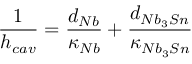
\frac { 1 } { h _ { c a v } } = \frac { d _ { N b } } { \kappa _ { N b } } + \frac { d _ { N b _ { 3 } S n } } { \kappa _ { N b _ { 3 } S n } }